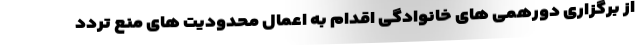
از برگزاری دورهمی های خانوادگی اقدام به اعمال محدودیت های منع تردد